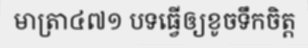
មាត្រា៤៧១ បទធ្វើឲ្យខូចទឹកចិត្ត